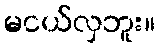
မငယ်လှဘူး။